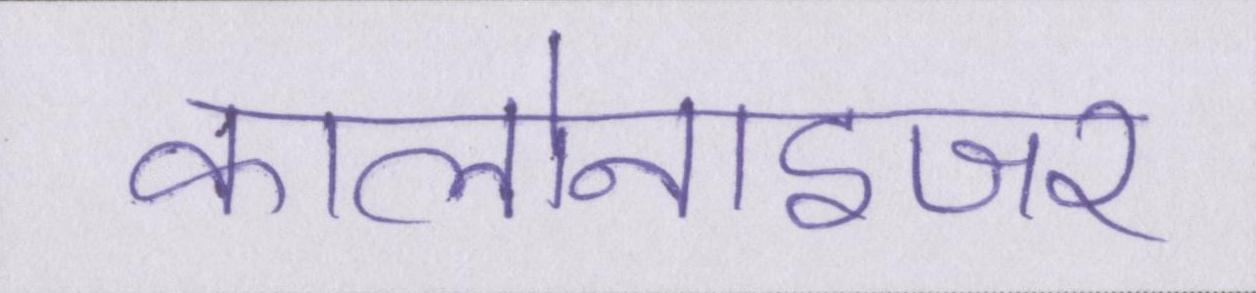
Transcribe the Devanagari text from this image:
कालोनाइजर